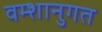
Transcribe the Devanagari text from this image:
वम्शानुगत